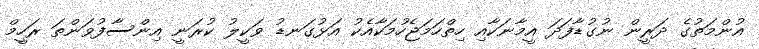
އުންމަތުގެ ދަރީން ނުގުޑާފަދަ އީމާނަކާއި ހިތްހަމަޖެހުމަކާއެކު އަޅުގަނޑު ވަކީލު ކުރަނީ އިންސާފުވަންތަ ރަހީމް